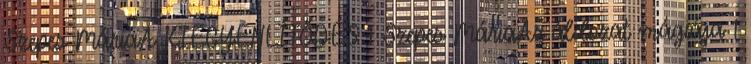
Szepes MáriaA KIEGYENLÍTŐDÉS 1 Szepes MáriaAz áldozat mágiája 1